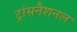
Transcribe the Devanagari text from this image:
ट्रांसनैशनल